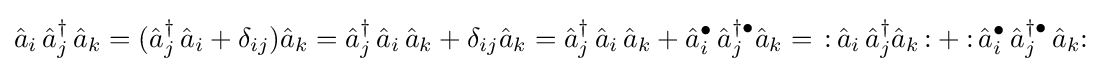
{\hat {a}}_{i}\,{\hat {a}}_{j}^{\dagger }\,{\hat {a}}_{k}=({\hat {a}}_{j}^{\dagger }\,{\hat {a}}_{i}+\delta _{ij}){\hat {a}}_{k}={\hat {a}}_{j}^{\dagger }\,{\hat {a}}_{i}\,{\hat {a}}_{k}+\delta _{ij}{\hat {a}}_{k}={\hat {a}}_{j}^{\dagger }\,{\hat {a}}_{i}\,{\hat {a}}_{k}+{\hat {a}}_{i}^{\bullet }\,{\hat {a}}_{j}^{\dagger \bullet }{\hat {a}}_{k}=\,{\mathopen {:}}\,{\hat {a}}_{i}\,{\hat {a}}_{j}^{\dagger }{\hat {a}}_{k}\,{\mathclose {:}}+{\mathclose {:}}\,{\hat {a}}_{i}^{\bullet }\,{\hat {a}}_{j}^{\dagger \bullet }\,{\hat {a}}_{k}{\mathclose {:}}